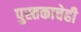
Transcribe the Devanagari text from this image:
पुस्तकाचेही